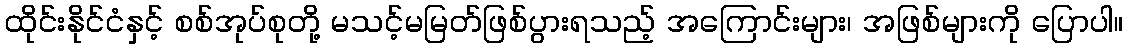
ထိုင်းနိုင်ငံနှင့် စစ်အုပ်စုတို့ မသင့်မမြတ်ဖြစ်ပွားရသည့် အကြောင်းများ၊ အဖြစ်များကို ပြောပါ။